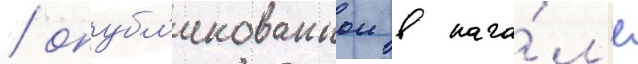
/ опубл'икованнои в нача́л'е